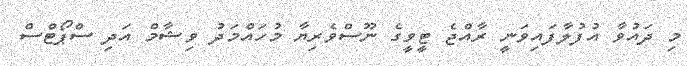
މި ދައުވާ އުފުލާފައިވަނީ ރާއްޖެ ޓީވީގެ ނޫސްވެރިޔާ މުހައްމަދު ވިޝާމް އަދި ސްޕޯޓްސް